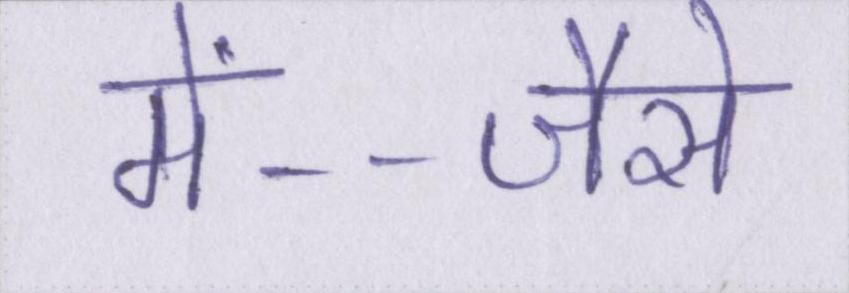
में--जैसे